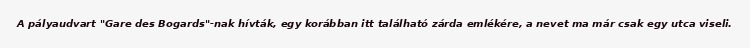
A pályaudvart "Gare des Bogards"-nak hívták, egy korábban itt található zárda emlékére, a nevet ma már csak egy utca viseli.